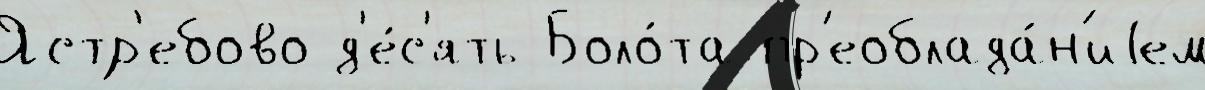
Ястр'ебово д'е́с'ять Боло́та пр'еоблада́н'иjем